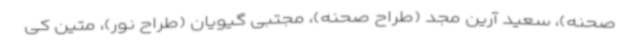
صحنه)، سعید آرین مجد (طراح صحنه)، مجتبی گیویان (طراح نور)، متین کی